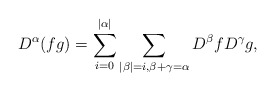
\begin{align*}D^{\alpha}(fg) = \sum_{i=0}^{|\alpha|}\sum_{|\beta|=i,\beta+\gamma=\alpha} D^{\beta}f D^{\gamma}g,\end{align*}